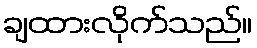
ချထားလိုက်သည်။